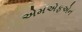
એમએફએન